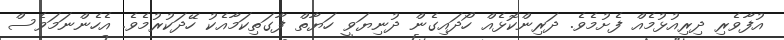
އުފާވެރި ދިރިއުޅުމެއް ފެށުމެވެ. ދަރިންކޮޅެއް ހޯދައިގެން ދުނިޔަވީ ހަޔާތް ފާގަތިކަމާއެކު ހޭދަކުރުމެވެ. އެހެންނަމަވެސް